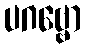
ပဂဗ္ဗော